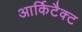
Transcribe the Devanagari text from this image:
आर्किटैक्ट